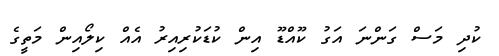
ކުދި މަސް ގަންނަ އަގު ކޫއްޑޫ އިން ކުޑަކުރިއިރު އެއް ކިލޯއިން މަތީގެ